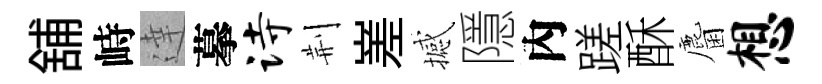
舖峙達摹诗荆嵳撼隱內蹉酥麕想